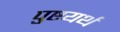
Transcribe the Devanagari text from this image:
पुष्टयर्थं